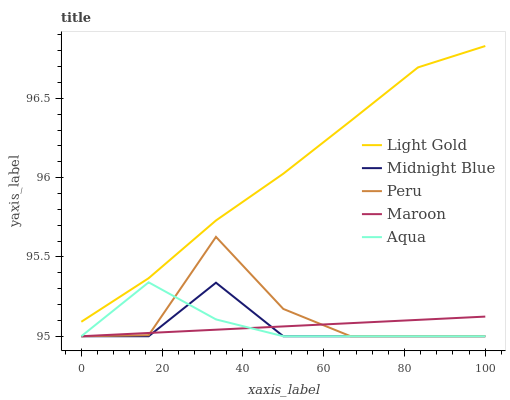
| xaxis_label | Light Gold | Midnight Blue | Peru | Maroon | Aqua |
 | --- | --- | --- | --- | --- | --- |
 | 0 | 95.1 | 95 | 95 | 95 | 95 |
 | 16.7 | 95.4 | 95 | 95 | 95 | 95.3 |
 | 33.3 | 95.7 | 95.3 | 95.6 | 95 | 95.1 |
 | 50 | 96 | 95 | 95.2 | 95.1 | 95 |
 | 66.7 | 96.4 | 95 | 95 | 95.1 | 95 |
 | 83.3 | 96.7 | 95 | 95 | 95.1 | 95 |
 | 100 | 96.8 | 95 | 95 | 95.1 | 95 |